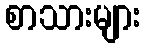
စာသားများ